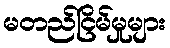
မတည်ငြိမ်မှုများ